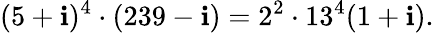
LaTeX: (5+\mathbf{i})^{4}\cdot(239-\mathbf{i})=2^{2}\cdot13^{4}(1+\mathbf{i}).